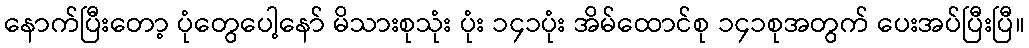
နောက်ပြီးတော့ ပုံတွေပေါ့နော် မိသားစုသုံး ပုံး ၁၄၁ပုံး အိမ်ထောင်စု ၁၄၁စုအတွက် ပေးအပ်ပြီးပြီ။